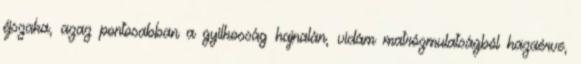
éjszaka, azaz pontosabban a gyilkosság hajnalán, vidám matrózmulatságból hazaérve,